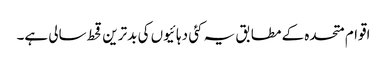
اقوام متحدہ کے مطابق یہ کئی دہائیوں کی بدترین قحط سالی ہے۔